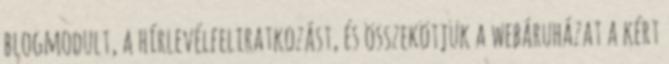
blogmodult, a hírlevélfeliratkozást, és összekötjük a webáruházat a kért